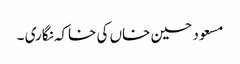
مسعود حسین خاں کی خاکہ نگاری ۔